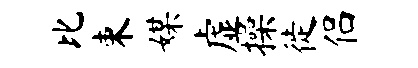
比束媒虚操徙侣